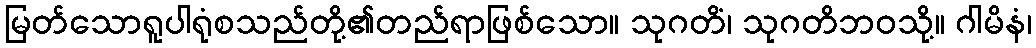
မြတ်သောရူပါရုံစသည်တို့၏တည်ရာဖြစ်သော။ သုဂတိံ၊ သုဂတိဘဝသို့။ ဂါမိနံ၊